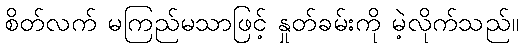
စိတ်လက် မကြည်မသာဖြင့် နှုတ်ခမ်းကို မဲ့လိုက်သည်။